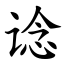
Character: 谂